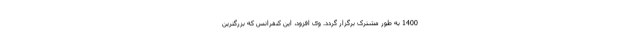
1400 به طور مشترک برگزار گردد. وی افزود، این کنفرانس که بزرگترین